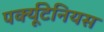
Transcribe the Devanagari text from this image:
पर्क्यूटेनियस